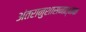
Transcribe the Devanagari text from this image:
अंतरानुशासनात्मक